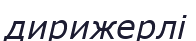
дирижерлі